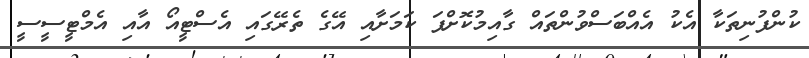
ކުންފުނިތަކާ އެކު އެއްބަސްވުންތައް ގާއިމުކޮށްފަ ކަމަށާއި އޭގެ ތެރޭގައި އެސްޓީއޯ އާއި އެމްޓީސީސީ